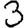
Digit: 3